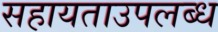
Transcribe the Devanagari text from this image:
सहायताउपलब्ध